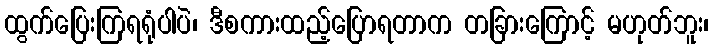
ထွက်ပြေးကြရရုံပါပဲ၊ ဒီစကားထည့်ပြောရတာက တခြားကြောင့် မဟုတ်ဘူး၊